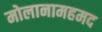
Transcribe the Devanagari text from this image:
मोलानामहमद